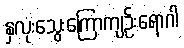
နှလုံးသွေးကြောကျဉ်းရောဂါ